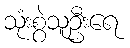
သုံးစွဲသူဦးရေ